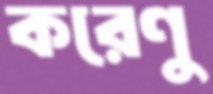
করেণু